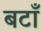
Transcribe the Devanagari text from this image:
बटाँ